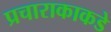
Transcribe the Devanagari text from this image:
प्रचाराकाकडे